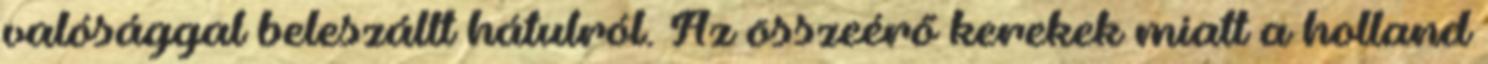
valósággal beleszállt hátulról. Az összeérő kerekek miatt a holland